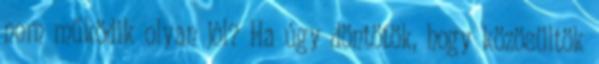
nem működik olyan jól? Ha úgy döntötök, hogy közösültök